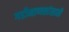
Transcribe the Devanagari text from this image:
गडीमाणसांसाठी